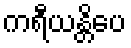
ကရီယန္တိပေ